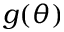
g ( \theta )